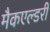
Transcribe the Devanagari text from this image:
मैकएल्डरी